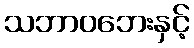
သဘာဝဘေးနှင့်